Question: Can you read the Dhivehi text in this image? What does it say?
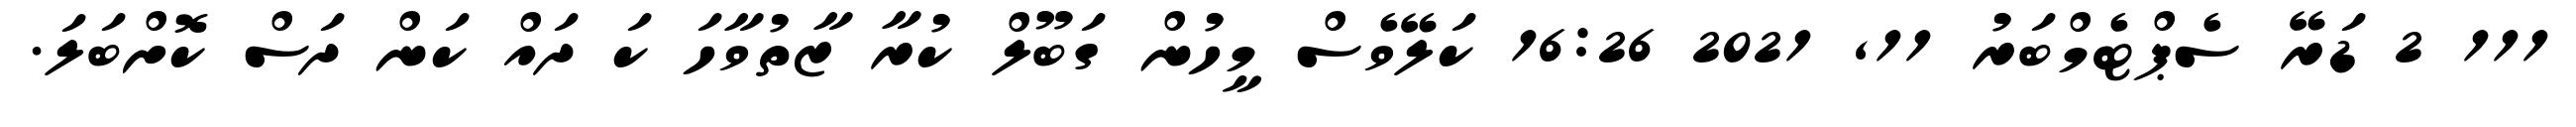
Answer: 111 2 ޑަރޭ ސެޕްޓެމްބަރު 11, 2021 16:26 ކަލޭވެސް މީހުން ގަބޫލް ކުރާ ޒާތުވާހަ ކަ ދައް ކަން ދަސް ކޮށްބަލަ.